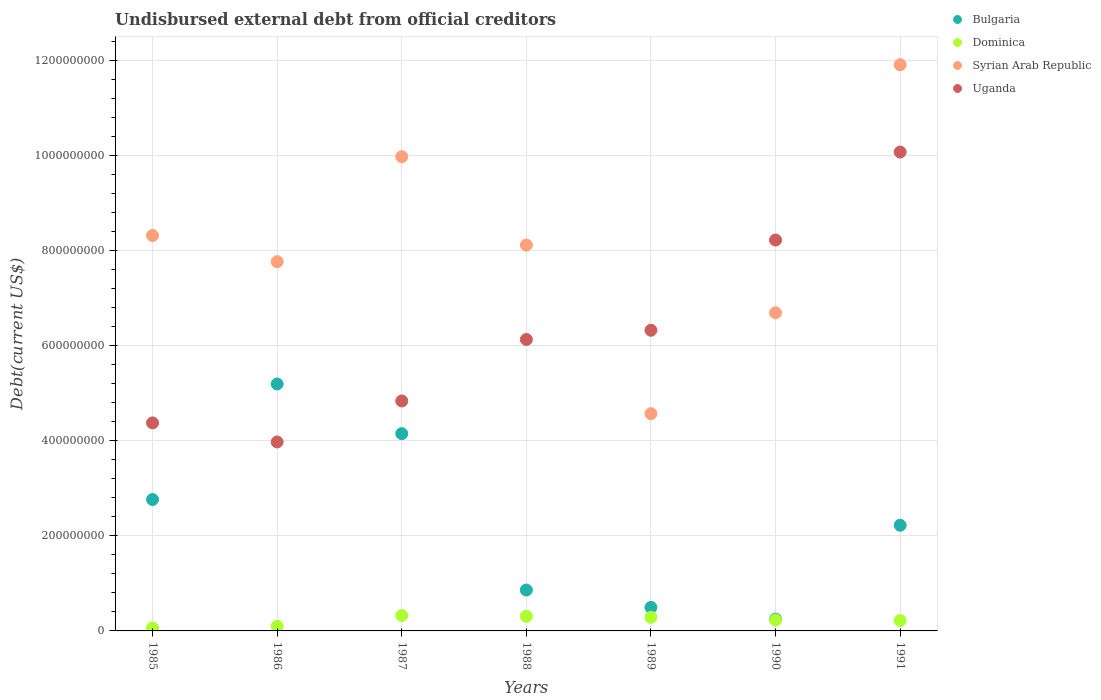
| Years | Bulgaria | Dominica | Syrian Arab Republic | Uganda |
 | --- | --- | --- | --- | --- |
 | 1985 | 2.76e+08 | 6.17e+06 | 8.31e+08 | 4.37e+08 |
 | 1986 | 5.19e+08 | 9.94e+06 | 7.76e+08 | 3.97e+08 |
 | 1987 | 4.15e+08 | 3.25e+07 | 9.97e+08 | 4.83e+08 |
 | 1988 | 8.59e+07 | 3.07e+07 | 8.11e+08 | 6.13e+08 |
 | 1989 | 4.94e+07 | 2.86e+07 | 4.57e+08 | 6.32e+08 |
 | 1990 | 2.48e+07 | 2.3e+07 | 6.69e+08 | 8.22e+08 |
 | 1991 | 2.22e+08 | 2.18e+07 | 1.19e+09 | 1.01e+09 |